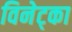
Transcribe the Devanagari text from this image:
विनेट्का